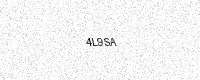
Text: 4L9SA